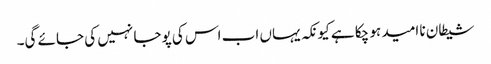
شیطان نا امید ہو چکا ہے کیونکہ یہاں اب اس کی پوجا نہیں کی جائے گی۔